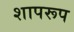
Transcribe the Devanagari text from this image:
शापरूप